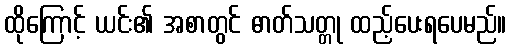
ထိုကြောင့် ယင်း၏ အစာတွင် ဓာတ်သတ္တု ထည့်ပေးရပေမည်။